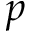
p